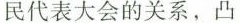
民代表大会的关系，凸